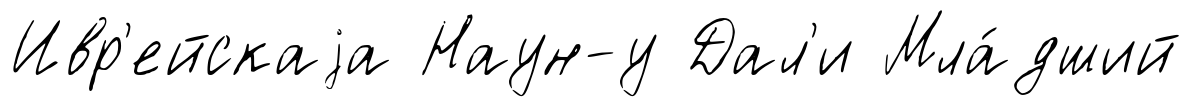
Ивр'ейскаjа Наун-у Дал'и Мла́дший